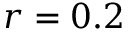
r = 0 . 2